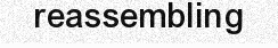
reassembling